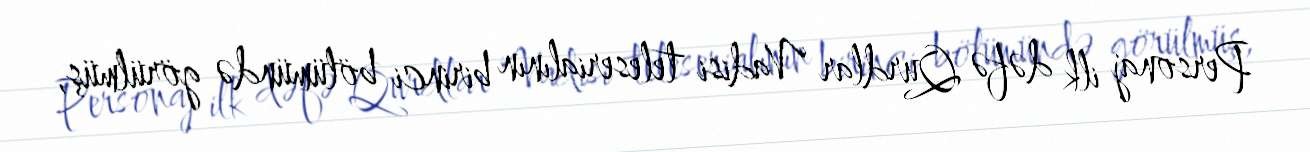
Personaj ilk dəfə Qurdlar Vadisi teleserialının birinci bölümündə görülmüş,